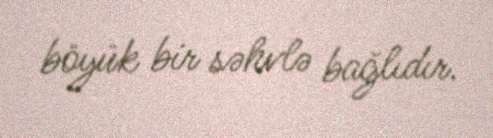
böyük bir səhvlə bağlıdır.